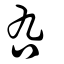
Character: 叴